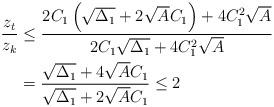
LaTeX: \begin{align*}\frac{z_{t}}{z_{k}} & \le\frac{2C_{1}\left(\sqrt{\Delta_{1}}+2\sqrt{A}C_{1}\right)+4C_{1}^{2}\sqrt{A}}{2C_{1}\sqrt{\Delta_{1}}+4C_{1}^{2}\sqrt{A}}\\ & =\frac{\sqrt{\Delta_{1}}+4\sqrt{A}C_{1}}{\sqrt{\Delta_{1}}+2\sqrt{A}C_{1}}\le2\end{align*}